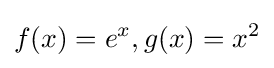
f(x)=e^{x},g(x)=x^{2}